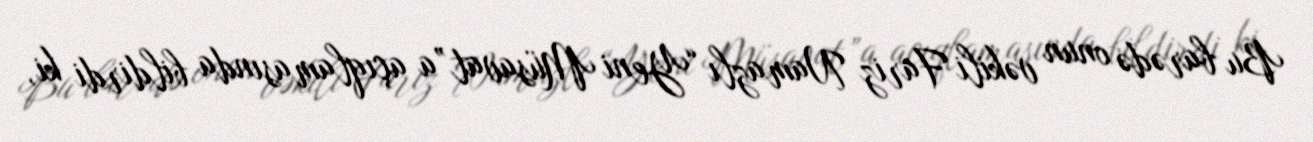
Bu barədə onun vəkili Fariz Namazlı “Yeni Müsavat”a açıqlamasında bildirdi ki,